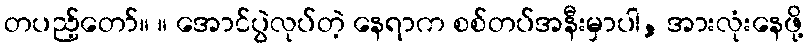
တပည့်တော်။ ။ အောင်ပွဲလုပ်တဲ့ နေရာက စစ်တပ်အနီးမှာပါ, အားလုံးနေဖို့